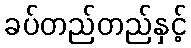
ခပ်တည်တည်နှင့်